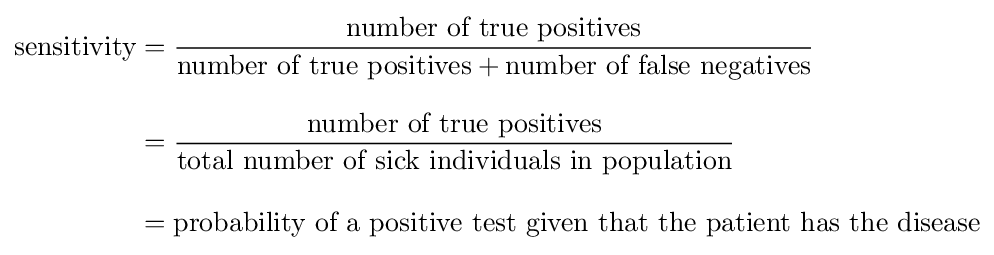
{\begin{aligned}{\text{sensitivity}}&={\frac {\text{number of true positives}}{{\text{number of true positives}}+{\text{number of false negatives}}}}\\[8pt]&={\frac {\text{number of true positives}}{\text{total number of sick individuals in population}}}\\[8pt]&={\text{probability of a positive test given that the patient has the disease}}\end{aligned}}